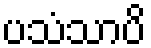
ပသံသာပိ